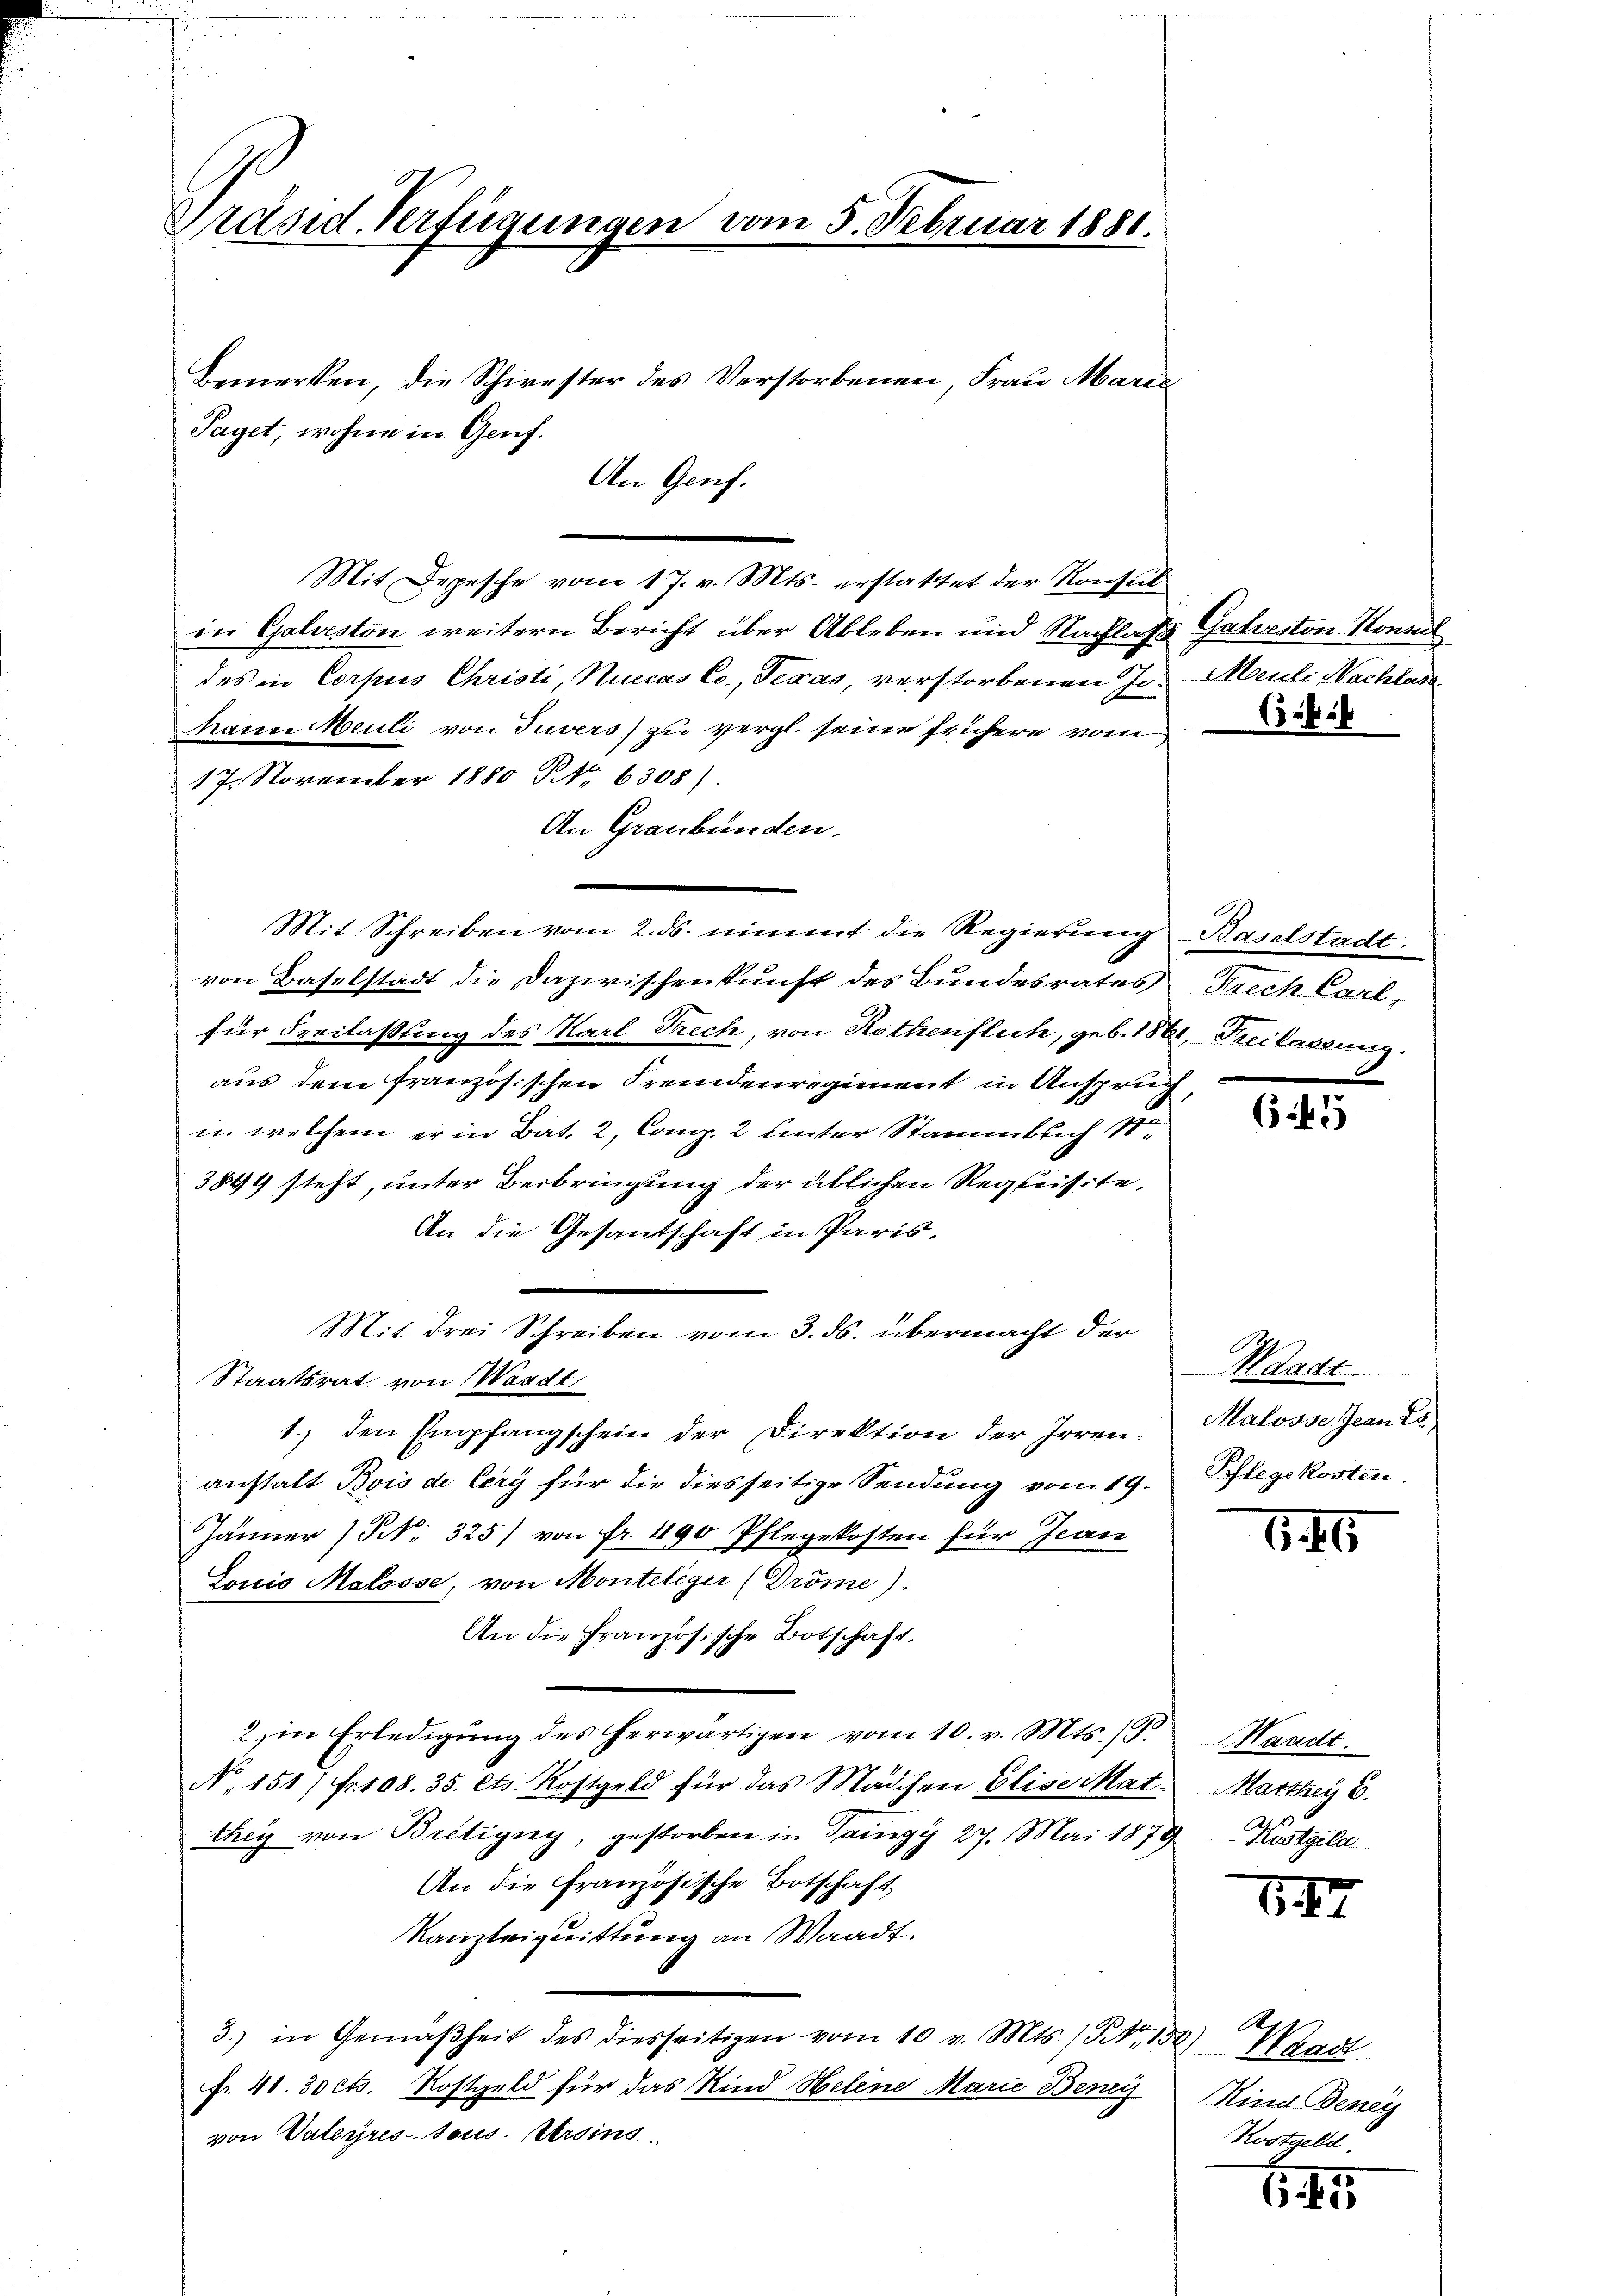
s
Präsid. Verfügungen vom 5. Februar 1881.

Bemerken, die Schirester des Verstorbenen, Frau Marie
Taget, wohne in Genf.
An Genf.

in Galveston weitern Bericht über Ableben und Nachlasse Gatreston Konsul
des in Corpus Christi, Nuccas Co., Texas, verstorbenen Joh. Mauli Nachlade
hann Meuli von Tuvers) zu vergl. seine frühere vom
17. November 1880 Art. 6308)
An Graubünden.
Mit Schreiben vom 2. ds. nimmt die Regierung Baselstadt.
von Baselstadt die Dazwischenkunft des Bundesrates Reich Carl,
für Freilassung des Karl Frech, von Rothenflich, geb. 1861, Freilassung
aus dem französischen Fremdenregiment in Anspruch,
in welchem er in Bat. 2, Comp. 2 unter Stammbach S.
3899 steht, unter Beibringung der üblichen Requisite,
An die Gesandschaft in Paris,
Staatsrat von Wardt
1.) den Empfangschein der Direktion der Irren:
anstalt Bois de Cery für die diesseitige Sendung vom 19.
Jänner N. 325) von fr. 490 Pflegekosten für Jean
Louis Malosse, von Monteleger (Dröme):
An die Französische Botschaft.
2. in Erledigŭng des herwärtigen vom 10. v. Mts. 13.
N. 151/ fr. 108. 35. Cts. Kostgeld für das Mädchen Elise Mat
they von Bretigny, gestorben in Taugy 27. Mai 1879. Kostgela
An die französische Botschaft
Kanzleiquittung an Waadt
3.) in Gemäßheit des diesseitigen vom 10. v. Mts. 13, 150)
fr. 41. 30 cts. Kostgeld für das Kind Helene Marie Beney Kind Beney
von Vaterpressous-Versins

Mit drei Schreiben vom 3. ds. übermacht der

Mit Depesche vom 17. v. Mts. erstattet der Konsul

65 f.

645

Waadt.
Malosse Jean de
Schlegekosten

646

Handt.
MMarthey 6.

647

Waadt.
Kostgeld

64